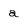
Character: a